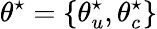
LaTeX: \theta^{\star}=\{ \theta_{u}^{\star},\theta_{c}^{\star}\}